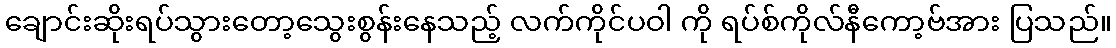
ချောင်းဆိုးရပ်သွားတော့သွေးစွန်းနေသည့် လက်ကိုင်ပဝါ ကို ရပ်စ်ကိုလ်နီကော့ဗ်အား ပြသည်။